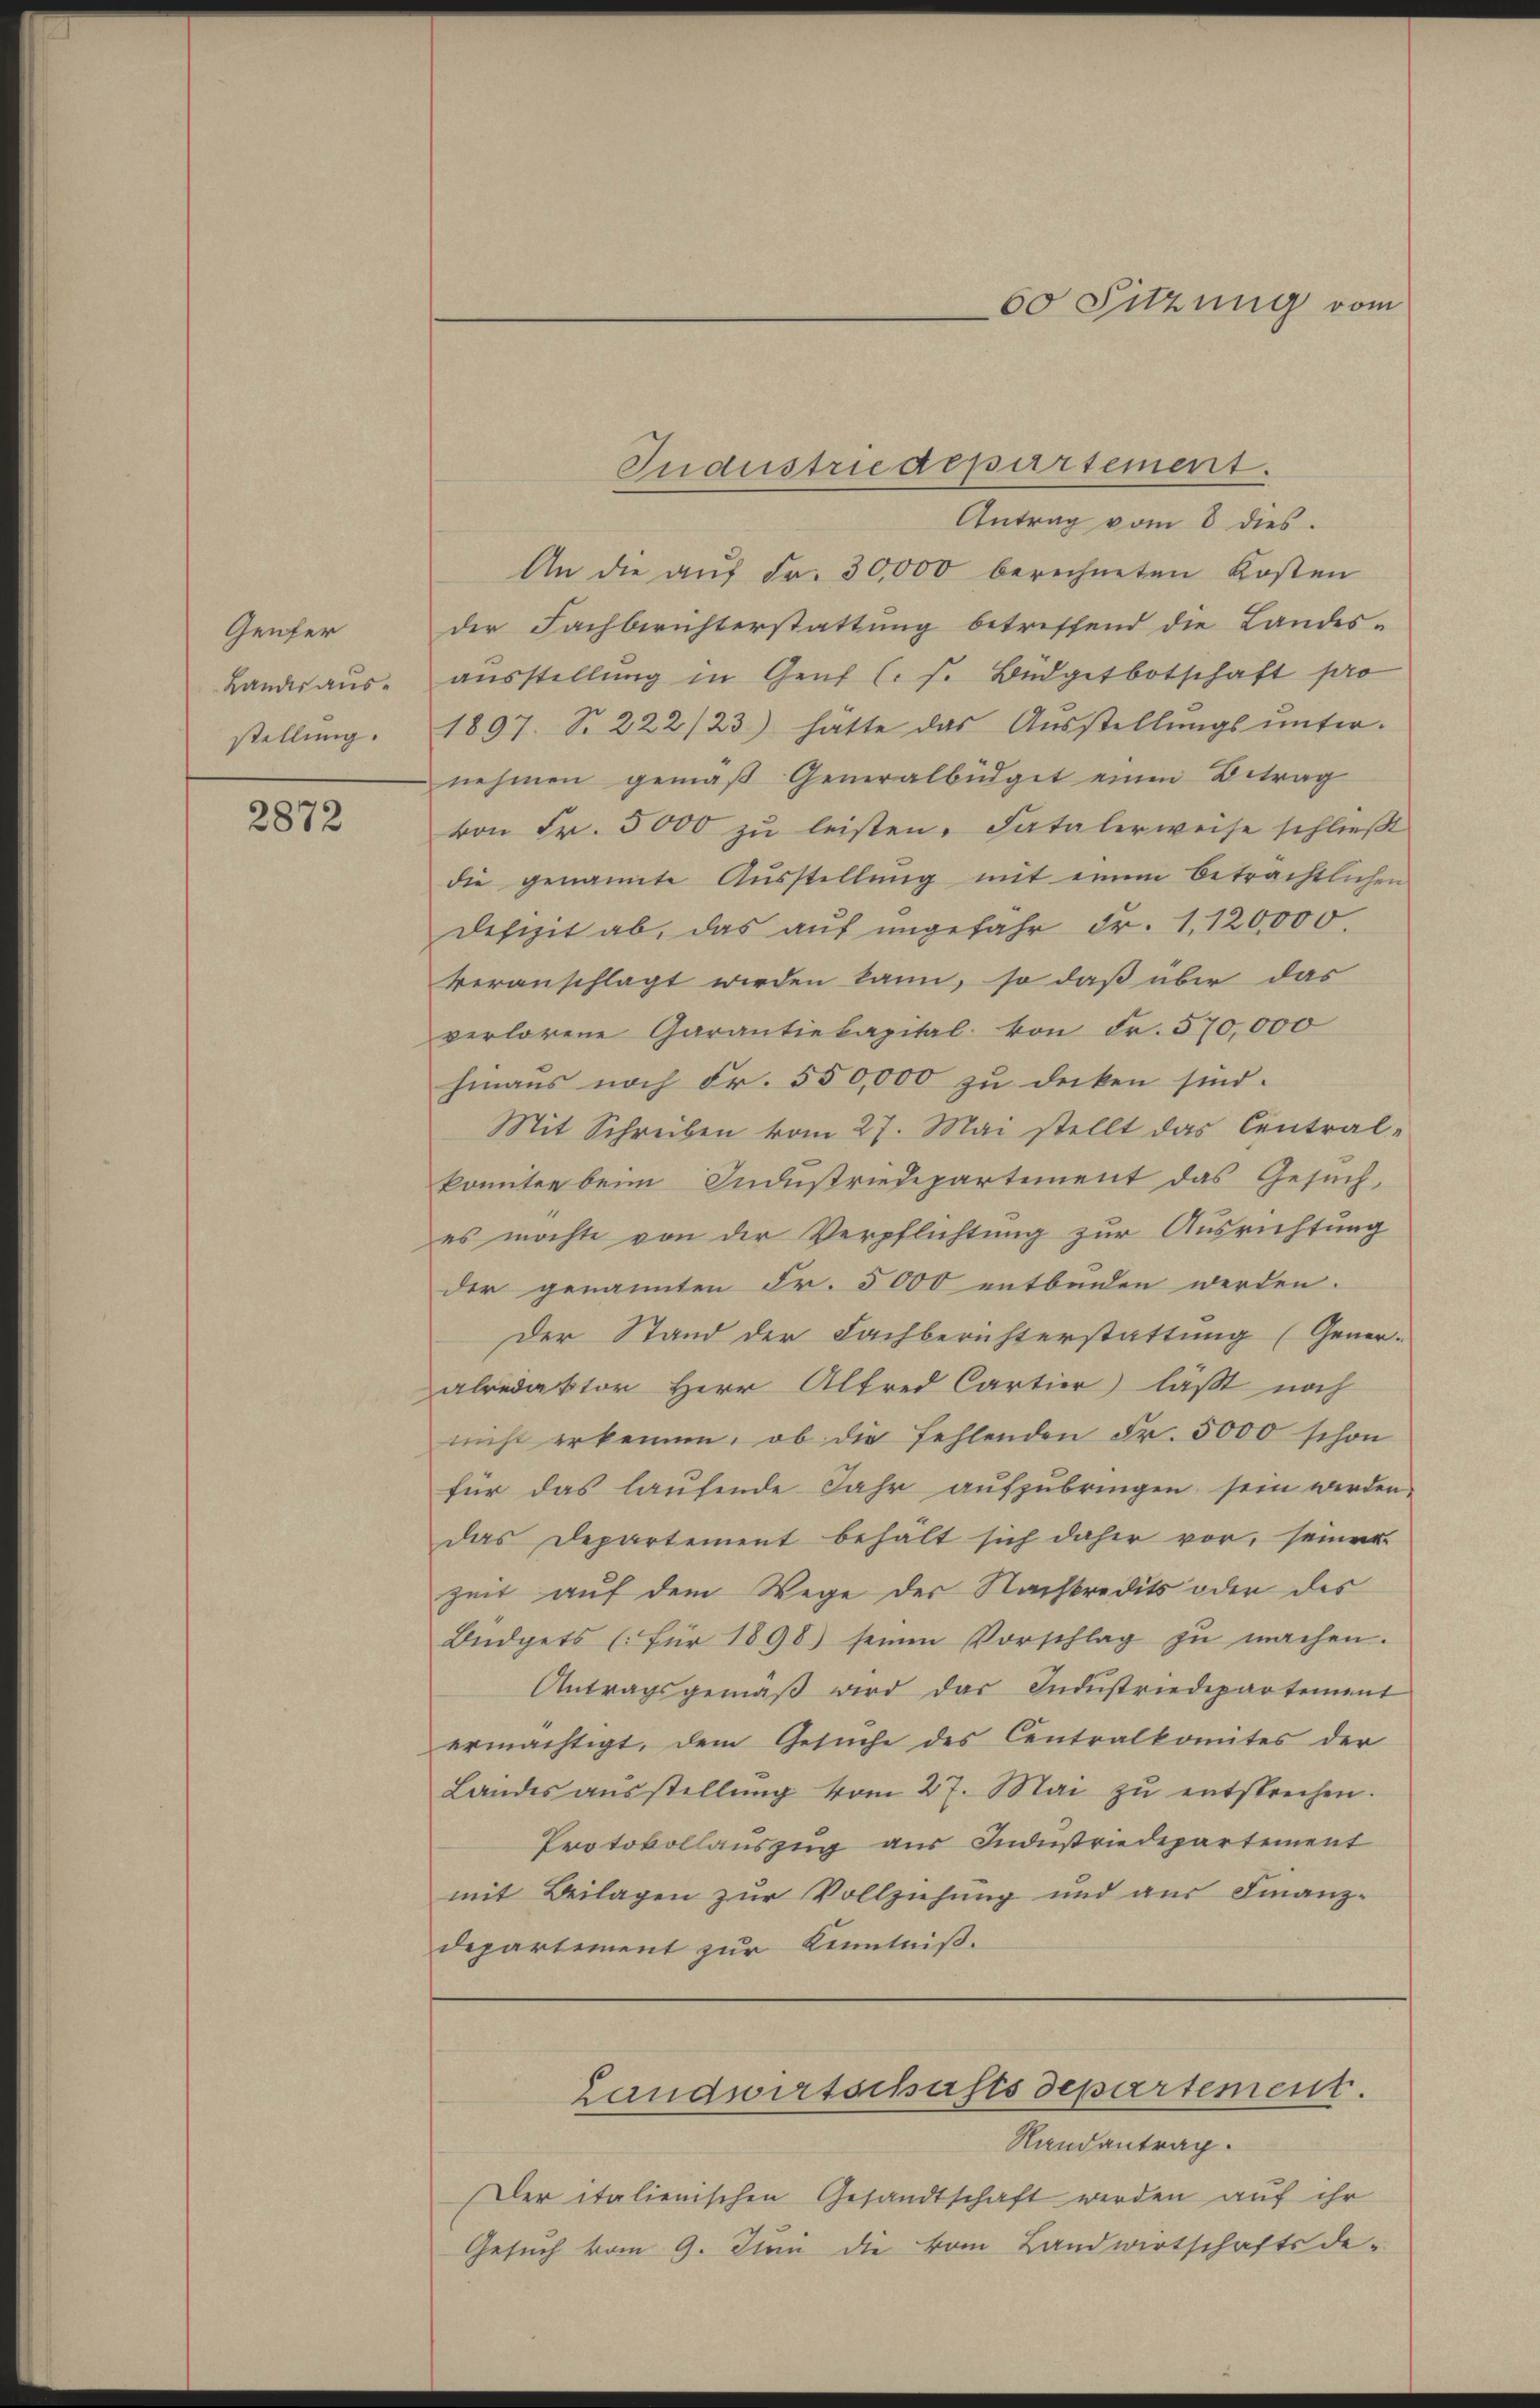
Genfer
Landesausstellung.

2872

Antrag vom 8 dies.
An die aŭf Fr. 30,000 berechneten Kosten
der Fachberichterstattung betreffend die Landes-
aŭsstellung in Genf (s. Büdgetbotschaft pro
1897. S. 222/23) hatte das Ausstellungsunter-
nehmen gemäβ Generalbüdget einen Betrag
von Fr. 5000 zu leisten. Fatalerweise schließt
die genannte Aŭsstellŭng mit einem beträchtlichen
Defizit ab, das auf ungefahr Fr. 1120,000.
veranschlagt werden kann, so daß über das
verlorene Garantiekapital von Fr. 570,000
hinaus noch Fr. 550,000 zu dicken sind.
Mit Schreiben vom 27. Mai stellt das Contral-
konnten beim Industriedepartement das Gesuch,
es möchte von der Verpflichtung zur Ausrichtung
der genannten Fr. 5000 entbinden werden.
Der Stand der Fachberichterstattung (Gener-
abredaktor Herr Alfred Cartier lässt noch
nicht erkennen, ob die fehlenden Fr. 5000 schon
für das laufende Jahr aufzubringen sein werden
das Departement behält sich daher vor, seiner
zeit auf dem Wege der Nachkredits oder des
Büdgets (für 1898 seinen Vorschlag zŭ machen.
Antragsgemäβ wird das Indŭstriedepartement
ermächtigt, dem Gesuche des Centralkomites der
Landes aŭsstellŭng vom 27. Mai zŭ entsprechen.
Protokollauszug aus Industriedepartement
mit Beilagen zur Vollziehung und aus Finanzdepartiment zur Kenntniß.

Randantrag.
Der italienischen Gesandtschaft werden auf ihr
Gesuch vom 9. Junii die vom Landwirtschaftsde-

Industrie departement.

60 Sitzung vom

Landwirtschafts departement.